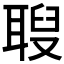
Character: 𦖚